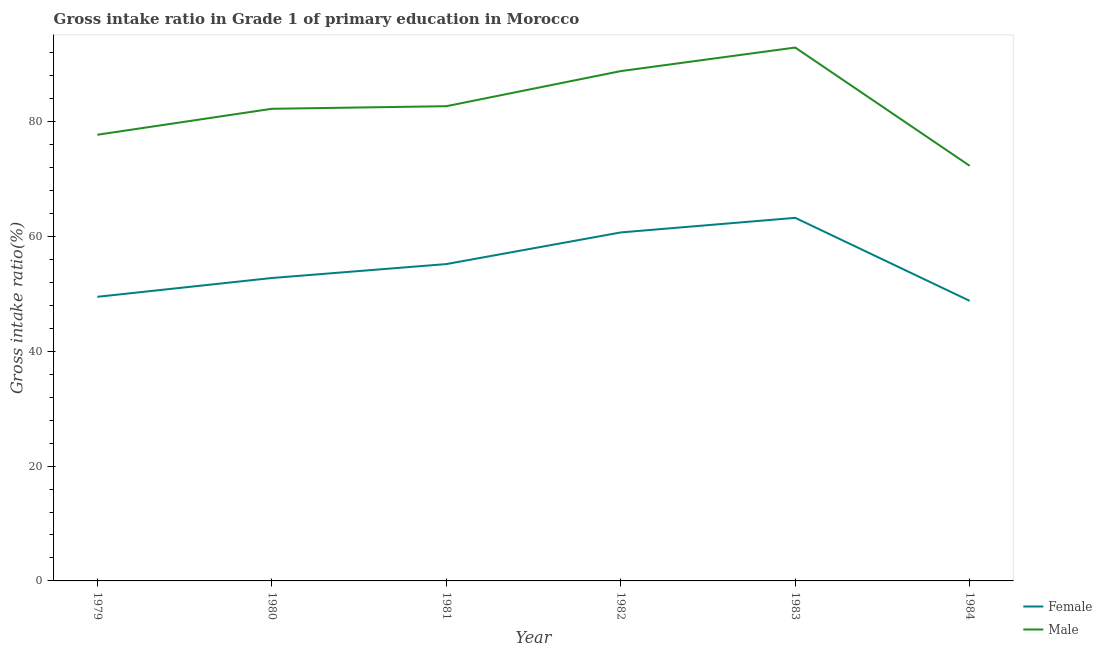
| Year | Female | Male |
 | --- | --- | --- |
 | 1979 | 49.5 | 77.7 |
 | 1980 | 52.7 | 82.2 |
 | 1981 | 55.2 | 82.7 |
 | 1982 | 60.7 | 88.8 |
 | 1983 | 63.2 | 92.9 |
 | 1984 | 48.8 | 72.3 |